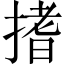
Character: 搘